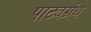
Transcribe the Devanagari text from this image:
पाठ्यग्रंथ